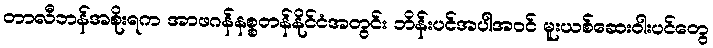
တာလီဘန်အစိုးရက အာဖဂန်နစ္စတန်နိုင်ငံအတွင်း ဘိန်းပင်အပါအဝင် မူးယစ်ဆေးဝါးပင်တွေ